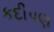
કદીપણ